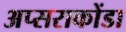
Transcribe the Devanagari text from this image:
अप्सराकोंडा